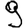
Digit: 9